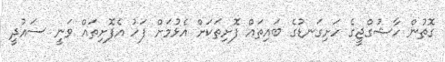
ގޮތުން ހާޝުގްޖީގެ ހަށިގަނޑުގެ ބައިތައް ފޮށިތަކަށް އެޅުމަށް ފަހު އެފޮށިތައް ވަނީ ސައުދީ